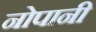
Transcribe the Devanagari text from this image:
नोपानी